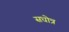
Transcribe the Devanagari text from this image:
सधोत्र